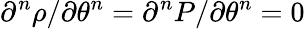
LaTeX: \partial^{n}\rho/\partial\theta^{n}=\partial^{n}P/\partial\theta^{n}=0